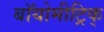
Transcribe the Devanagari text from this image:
बॉयोमीट्रिक्